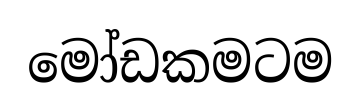
මෝඩකමටම